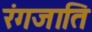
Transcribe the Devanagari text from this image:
रंगजाति